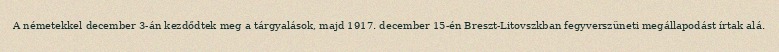
A németekkel december 3-án kezdődtek meg a tárgyalások, majd 1917. december 15-én Breszt-Litovszkban fegyverszüneti megállapodást írtak alá.